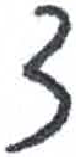
אות: צ